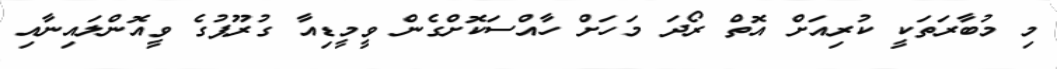
މި މުބާރަތަކީ ކުރިއަށް އޮތް ރޯދަ މަހަށް ހާއްސަކޮށްގެން ވީމީޑިއާ ގުރޫޕުގެ ވީއޮންލައިނާއި